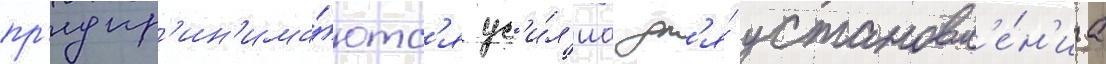
пр'едпр'ин'има́ютс'я ус'и́л'иа дл'я́ установл'е́н'иа